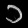
Digit: ၁